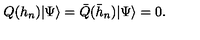
Q ( h _ { n } ) | \Psi \rangle = \bar { Q } ( \bar { h } _ { n } ) | \Psi \rangle = 0 .